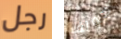
رجل جولف